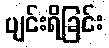
ပျင်းရိခြင်း